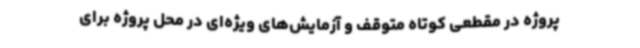
پروژه در مقطعی کوتاه متوقف و آزمایش‌های ویژه‌ای در محل پروژه برای